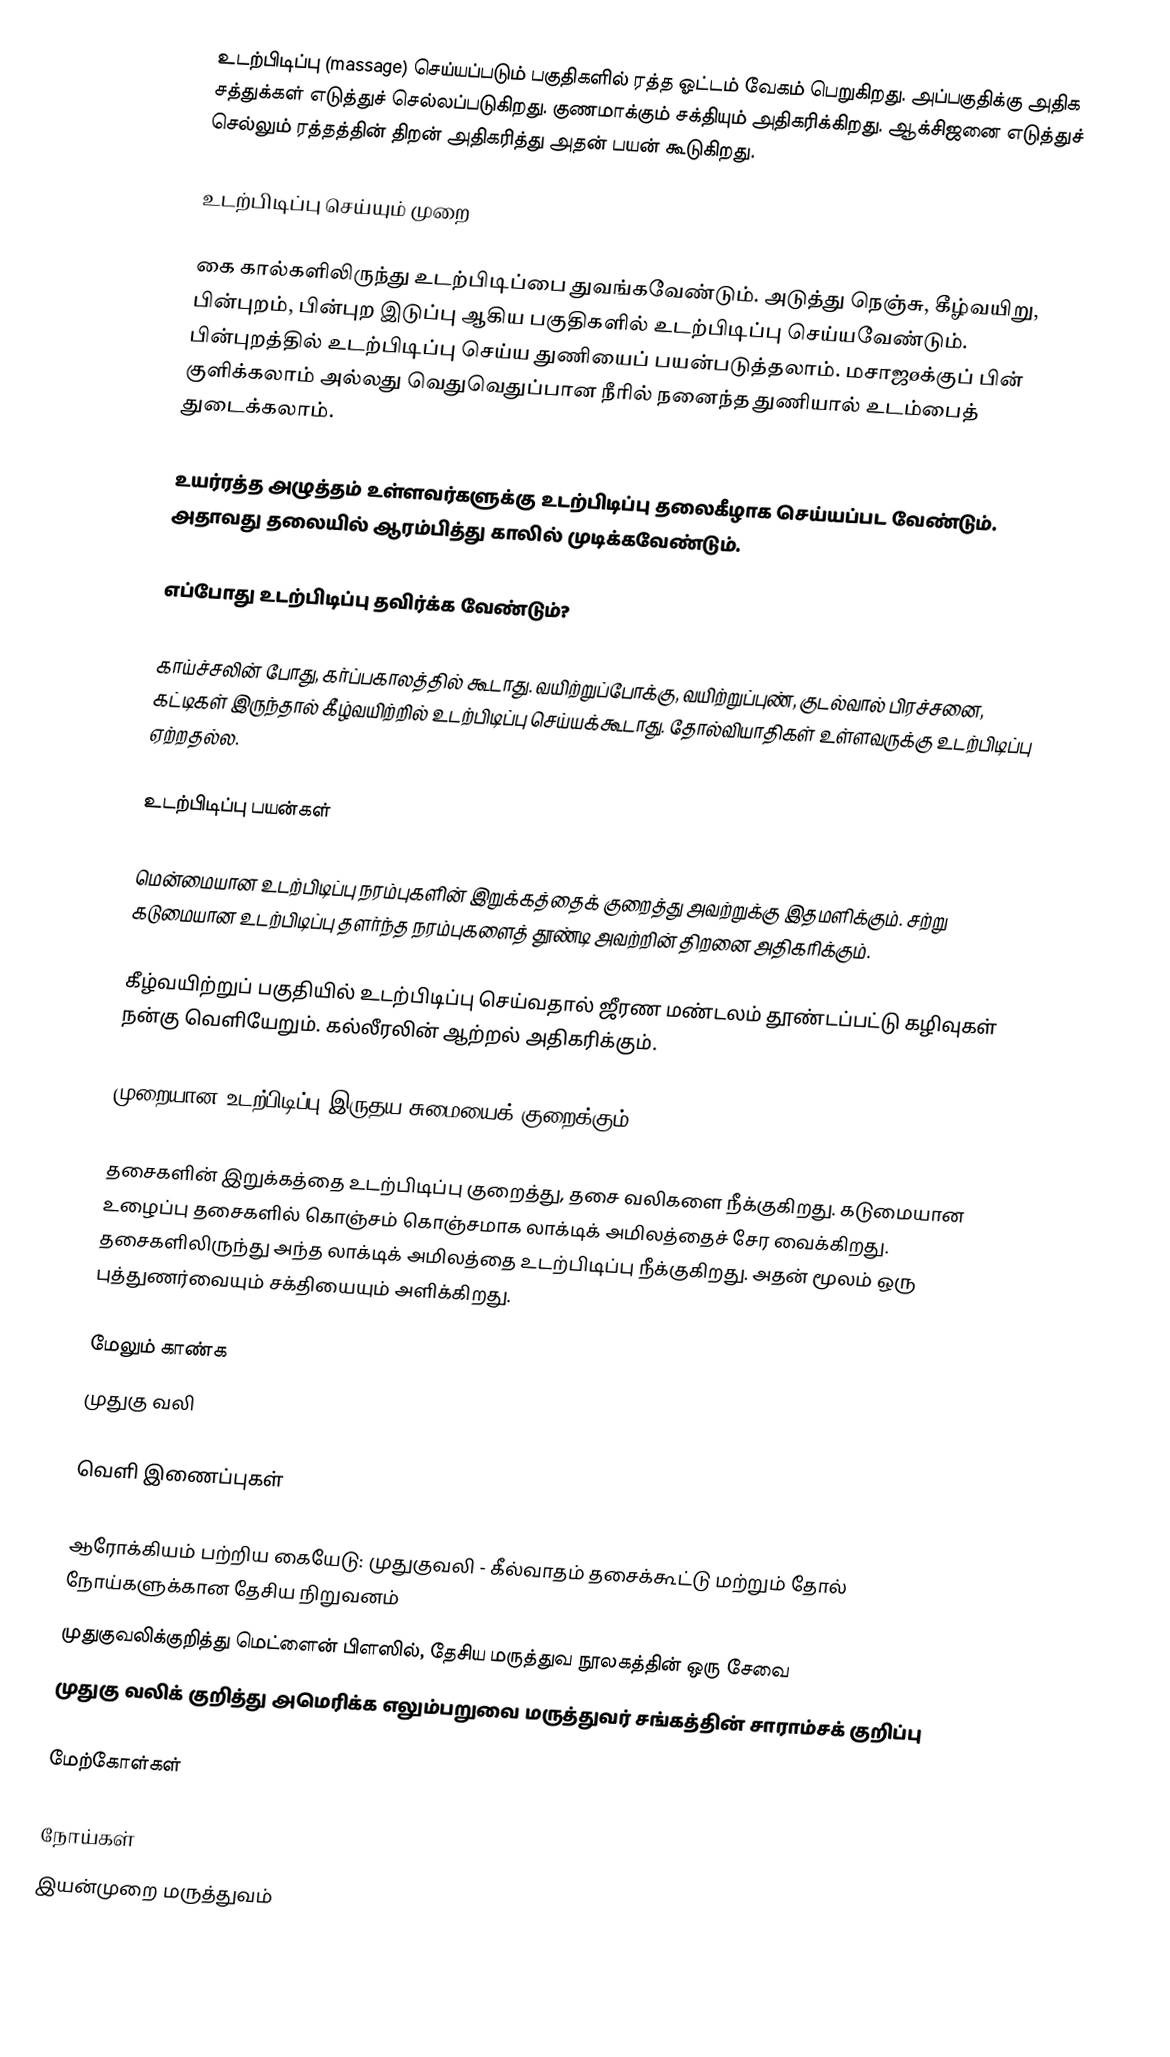
உடற்பிடிப்பு (massage) செய்யப்படும் பகுதிகளில் ரத்த ஓட்டம் வேகம் பெறுகிறது. அப்பகுதிக்கு அதிக சத்துக்கள் எடுத்துச் செல்லப்படுகிறது. குணமாக்கும் சக்தியும் அதிகரிக்கிறது. ஆக்சிஜனை எடுத்துச் செல்லும் ரத்தத்தின் திறன் அதிகரித்து அதன் பயன் கூடுகிறது.

உடற்பிடிப்பு செய்யும் முறை

கை கால்களிலிருந்து உடற்பிடிப்பை துவங்கவேண்டும். அடுத்து நெஞ்சு, கீழ்வயிறு, பின்புறம், பின்புற இடுப்பு ஆகிய பகுதிகளில் உடற்பிடிப்பு செய்யவேண்டும். பின்புறத்தில் உடற்பிடிப்பு செய்ய துணியைப் பயன்படுத்தலாம். மசாஜøக்குப் பின் குளிக்கலாம் அல்லது வெதுவெதுப்பான நீரில் நனைந்த துணியால் உடம்பைத் துடைக்கலாம்.

உயர்ரத்த அழுத்தம் உள்ளவர்களுக்கு உடற்பிடிப்பு தலைகீழாக செய்யப்பட வேண்டும். அதாவது தலையில் ஆரம்பித்து காலில் முடிக்கவேண்டும்.

எப்போது உடற்பிடிப்பு தவிர்க்க வேண்டும்?

காய்ச்சலின் போது, கர்ப்பகாலத்தில் கூடாது. வயிற்றுப்போக்கு, வயிற்றுப்புண், குடல்வால் பிரச்சனை, கட்டிகள் இருந்தால் கீழ்வயிற்றில் உடற்பிடிப்பு செய்யக்கூடாது. தோல்வியாதிகள் உள்ளவருக்கு உடற்பிடிப்பு ஏற்றதல்ல.

உடற்பிடிப்பு பயன்கள்

மென்மையான உடற்பிடிப்பு நரம்புகளின் இறுக்கத்தைக் குறைத்து அவற்றுக்கு இதமளிக்கும். சற்று கடுமையான உடற்பிடிப்பு தளர்ந்த நரம்புகளைத் தூண்டி அவற்றின் திறனை அதிகரிக்கும்.

கீழ்வயிற்றுப் பகுதியில் உடற்பிடிப்பு செய்வதால் ஜீரண மண்டலம் தூண்டப்பட்டு கழிவுகள் நன்கு வெளியேறும். கல்லீரலின் ஆற்றல் அதிகரிக்கும்.

முறையான உடற்பிடிப்பு இருதய சுமையைக் குறைக்கும்.

தசைகளின் இறுக்கத்தை உடற்பிடிப்பு குறைத்து, தசை வலிகளை நீக்குகிறது. கடுமையான உழைப்பு தசைகளில் கொஞ்சம் கொஞ்சமாக லாக்டிக் அமிலத்தைச் சேர வைக்கிறது. தசைகளிலிருந்து அந்த லாக்டிக் அமிலத்தை உடற்பிடிப்பு நீக்குகிறது. அதன் மூலம் ஒரு புத்துணர்வையும் சக்தியையும் அளிக்கிறது.

மேலும் காண்க
 முதுகு வலி

வெளி இணைப்புகள்

 ஆரோக்கியம் பற்றிய கையேடு: முதுகுவலி - கீல்வாதம் தசைக்கூட்டு மற்றும் தோல் நோய்களுக்கான தேசிய நிறுவனம்
 முதுகுவலிக்குறித்து மெட்ளைன் பிளஸில், தேசிய மருத்துவ நூலகத்தின் ஒரு சேவை
 முதுகு வலிக் குறித்து அமெரிக்க எலும்பறுவை மருத்துவர் சங்கத்தின் சாராம்சக் குறிப்பு

மேற்கோள்கள்

நோய்கள்
இயன்முறை மருத்துவம்